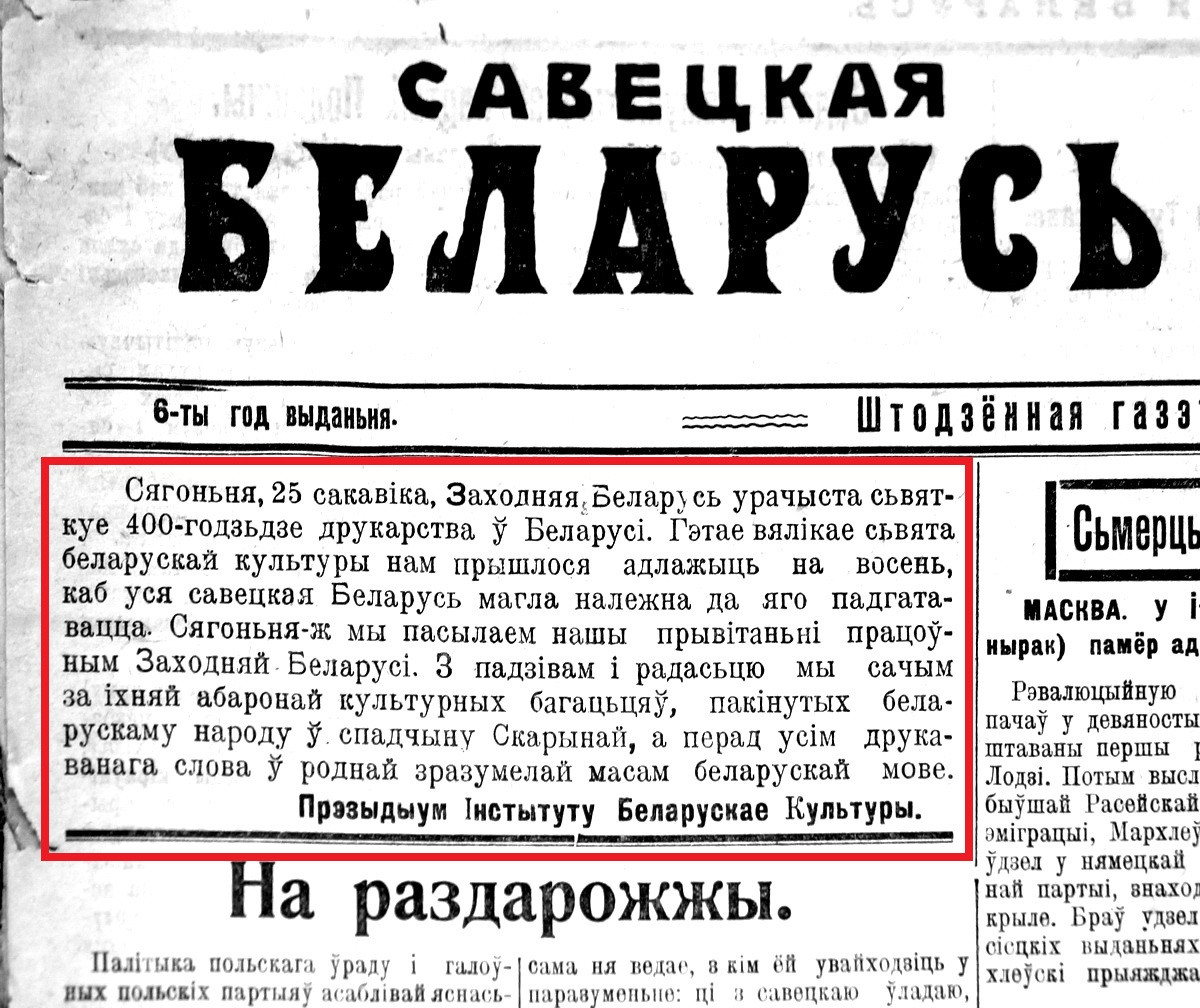
Language: be